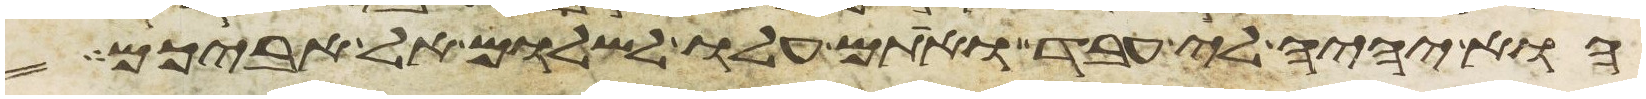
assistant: הוא יהיה לי עבד ואתם עלו לשלום אל אביכם